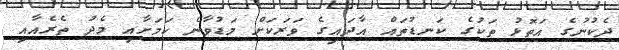
ދެކުނުގެ އަތޮޅު ތަކުގެ ކަނޑުތައް އާދައިގެ ވަރަކަށް މަޑުވާނެ ކަމަށާއި މެދު ތެރެއާއި